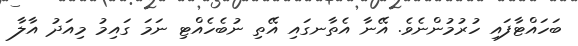
ބަހައްޓާފައި ހުރުމުންނެވެ. އޭނާ އެތާނގައި އޭތި ނުބެހެއްޓި ނަމަ ގައިމު މިއަދު އާލާ